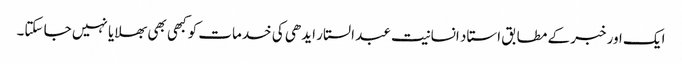
ایک اور خبر کے مطابق استاد انسانیت عبد الستار ایدھی کی خدمات کو کبھی بھی بھلایا نہیں جا سکتا۔